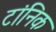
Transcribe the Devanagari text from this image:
टांनिक